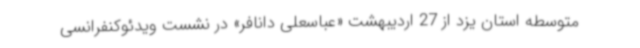
متوسطه استان یزد از 27 اردیبهشت «عباسعلی دانافر» در نشست ویدئوکنفرانسی